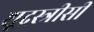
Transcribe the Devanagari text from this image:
शूद्रस्त्रीसी